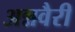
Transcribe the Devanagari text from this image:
अन्नवैरी